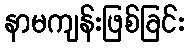
နာမကျန်းဖြစ်ခြင်း